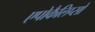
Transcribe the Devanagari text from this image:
एपोकैलिप्सो